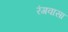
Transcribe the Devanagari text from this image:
रंगवासा